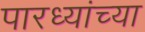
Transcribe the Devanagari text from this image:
पारध्यांच्या